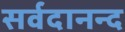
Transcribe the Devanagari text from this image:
सर्वदानन्द